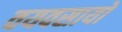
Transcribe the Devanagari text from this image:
वयवसायों